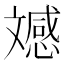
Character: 𭤚